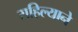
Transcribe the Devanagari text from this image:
राहिल्‍याने